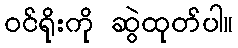
ဝင်ရိုးကို ဆွဲထုတ်ပါ။